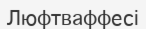
Люфтваффесі